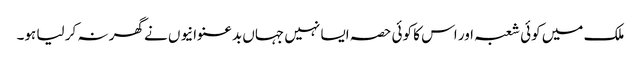
ملک میں کوئی شعبہ اور اس کا کوئی حصہ ایسا نہیں جہاں بدعنوانیوں نے گھر نہ کر لیا ہو۔